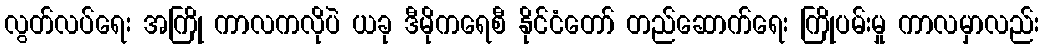
လွတ်လပ်ရေး အကြို ကာလကလိုပဲ ယခု ဒီမိုကရေစီ နိုင်ငံတော် တည်ဆောက်ရေး ကြိုပမ်းမှု ကာလမှာလည်း